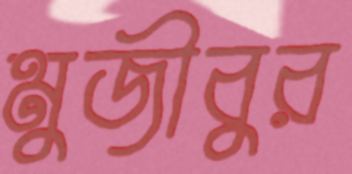
মুজীবুর